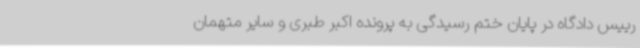
رییس دادگاه در پایان ختم رسیدگی به پرونده اکبر طبری و سایر متهمان